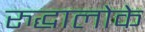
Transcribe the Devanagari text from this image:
रुद्धालोके